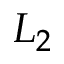
L _ { 2 }